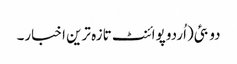
دو بئی(اُردو پوائنٹ تازہ ترین اخبار۔